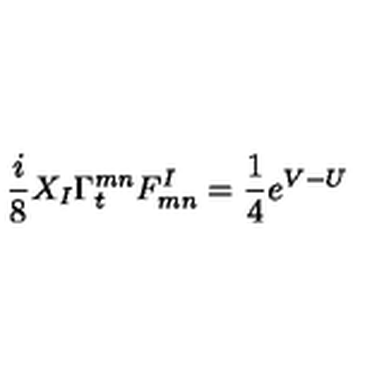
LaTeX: { \frac { i } { 8 } } X _ { I } \Gamma _ { t } ^ { m n } F _ { m n } ^ { I } = { \frac { 1 } { 4 } } e ^ { V - U }